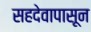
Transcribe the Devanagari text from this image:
सहदेवापासून